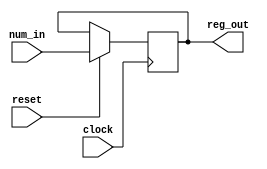
module REG_8bit(reg_out, num_in, clock, reset);

    input clock, reset;
    input [7:0] num_in;
    output [7:0] reg_out;
    reg [7:0] reg_out;

    initial reg_out = 7'd0;

    always @(posedge clock) begin
        if (reset == 1'b1) begin
            reg_out = {num_in};
        end
    end
endmodule

module EXPANSION_BOX(in, out);

    input [3:0] in;
    output [7:0] out;

    assign out[7] = in[3];
    assign out[6] = in[0];
    assign out[5] = in[1];
    assign out[4] = in[2];
    assign out[3] = in[1];
    assign out[2] = in[3];
    assign out[1] = in[2];
    assign out[0] = in[0];

endmodule

module XOR_8BIT(xout_8, xin1_8, xin2_8);

    input [7:0] xin1_8, xin2_8;
    output [7:0] xout_8;

    assign xout_8 = xin1_8 ^ xin2_8;
endmodule

module XOR_4BIT(xout_4, xin1_4, xin2_4);

    input [3:0] xin1_4, xin2_4;
    output [3:0] xout_4;

    assign xout_4 = xin1_4 ^ xin2_4;
endmodule

module CSA_4BIT(cin, inA, inB, cout, out);

    input [3:0] inA, inB;
    input cin;
    output [3:0] out;
    reg [3:0] out;
    output cout;
    reg cout;

    wire [3:0] out1, out2;
    wire cout1, cout2;

    RIPPLE_CARRY_ADDER R1(inA, inB, 1'b1, out1, cout1);
    RIPPLE_CARRY_ADDER R2(inA, inB, 1'b0, out2, cout2);

    always @* begin
        if (cin == 1'b0) begin
            out = {out1};
            cout = cout1;
        end
        else begin
            out = {out2};
            cout = cout2;
        end
    end
endmodule

module CONCAT(concat_out, concat_in1, concat_in2);
    input [3:0] concat_in1, concat_in2;
    output [7:0] concat_out;

    assign concat_out = {concat_in1, concat_in2};
endmodule

module ENCRYPT(number, key, clock, reset, enc_number);
    input [7:0] number, key;
    input clock, reset;
    output [7:0] enc_number;

    wire [7:0] reg_num_out, reg_key_out, expanded, xor_out;
    wire [3:0] csa_out, xor4_out;
    wire csa_cout;

    REG_8bit numreg(reg_num_out, number, clock, reset);
    REG_8bit keyreg(reg_key_out, key, clock, reset);

    EXPANSION_BOX exp(reg_num_out[3:0], expanded);

    XOR_8BIT xor1(xor_out, expanded, reg_key_out);

    CSA_4BIT csa(reg_key_out[0], xor_out[7:4], xor_out[3:0], csa_cout, csa_out);

    XOR_4BIT xor2(xor4_out, csa_out, reg_num_out[7:4]);

    CONCAT conc(enc_number, xor4_out, reg_num_out[3:0]);
endmodule


module FULLADDER(a, b, cin, s, cout);
    input a, b, cin;
    output s, cout;

    assign s = a ^ b ^ cin;
    assign cout = (a&b)|(a&cin)|(b&cin);
endmodule

module RIPPLE_CARRY_ADDER(A, B, cin, out, cout);

    input [3:0] A, B;
    input cin;
    output [3:0] out;
    output cout;

    wire w1, w2, w3;

    FULLADDER f0(A[0], B[0], cin, out[0], w1);
    FULLADDER f1(A[1], B[1], cin, out[1], w2);
    FULLADDER f2(A[2], B[2], cin, out[2], w3);
    FULLADDER f3(A[3], B[3], cin, out[3], cout);
endmodule

module testbench;

    reg clock, reset;
    reg [7:0] num, key;

    wire [7:0] enc;

    ENCRYPT encrypter(num, key, clock, reset, enc);

    always 
        #5 clock = ~clock;

    always @*
        $monitor($time, " clk=%b, reset=%b, num=%b, key=%b, enc=%b", clock, reset, num, key, enc);

    initial begin
        reset = 1'b1;
        clock = 1'b1;
        
        num = 8'b01000110;
        key = 8'b10010011;
        #1
        reset = 1'b0;

        #10
        reset = 1'b1;
        num = 8'b11001001;
        key = 8'b10101100;

        #20
        num = 8'b10100101;
        key = 8'b01011010;

        #30 
        num = 8'b11110000;
        key = 8'b10110001;
        #100 $finish;
    end
endmodule